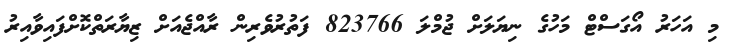
މި އަހަރު އޯގަސްޓް މަހުގެ ނިޔަލަށް ޖުމްލަ 823766 ފަތުރުވެރިން ރާއްޖެއަށް ޒިޔާރަތްކޮށްފައިވާއިރު